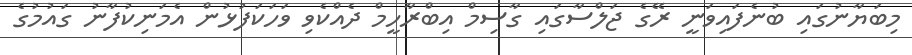
މިބަޔާނުގައި ބުނެފައިވަނީ ރޭގެ ޖަލްސާގައި ގާސިމް އިބްރާހީމް ދެއްކެވި ވަހަކަފުޅުން އެމަނިކުފާނު ގައުމުގެ